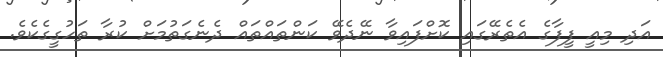
އަދި މިއީ ފީފާގެ އެތެރޭގައި ކޮށްފައިވާ ނޭދެވޭ ކަންތައްތައް ދެނެގަތުމަށް ކުރާ ތަހުގީގެކެވެ.